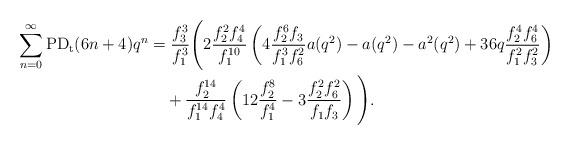
LaTeX: \begin{align*}\sum_{n=0}^{\infty}\textup{PD}_\textup{t}(6n+4)q^n&=\dfrac{f_3^3}{f_1^3}\Bigg(2\dfrac{f_2^2f_4^4}{f_1^{10}}\left(4\dfrac{f_2^6f_3}{f_1^3f_{6}^2}a(q^2)-a(q^2)-a^2(q^2)+36q\dfrac{f_2^4f_{6}^4}{f_1^2f_3^2}\right)\\&\quad+\dfrac{f_2^{14}}{f_1^{14}f_4^4}\left(12\dfrac{f_2^8}{f_1^4}-3\dfrac{f_2^2f_{6}^2}{f_1f_3}\right)\Bigg).\end{align*}